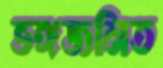
ভঙ্গজনিত